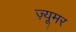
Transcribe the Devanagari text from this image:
ज़्यूमर